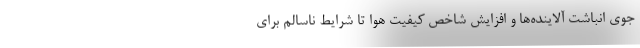
جوی انباشت آلاینده‌ها و افزایش شاخص کیفیت هوا تا شرایط ناسالم برای